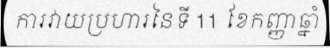
ការវាយប្រហារនៃទី 11 ខែកញ្ញាឆ្នាំ